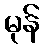
မုန်